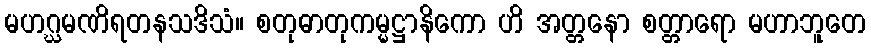
မဟဂ္ဃမဏိရတနသဒိသံ။ စတုဓာတုကမ္မဋ္ဌာနိကော ဟိ အတ္တနော စတ္တာရော မဟာဘူတေ